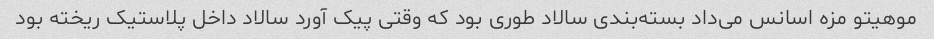
موهیتو مزه اسانس می‌داد بسته‌بندی سالاد طوری بود که وقتی پیک آورد سالاد داخل پلاستیک ریخته بود